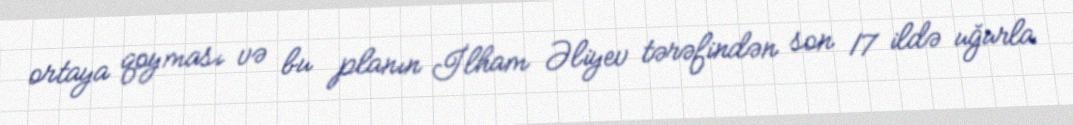
ortaya qoyması və bu planın İlham Əliyev tərəfindən son 17 ildə uğurla